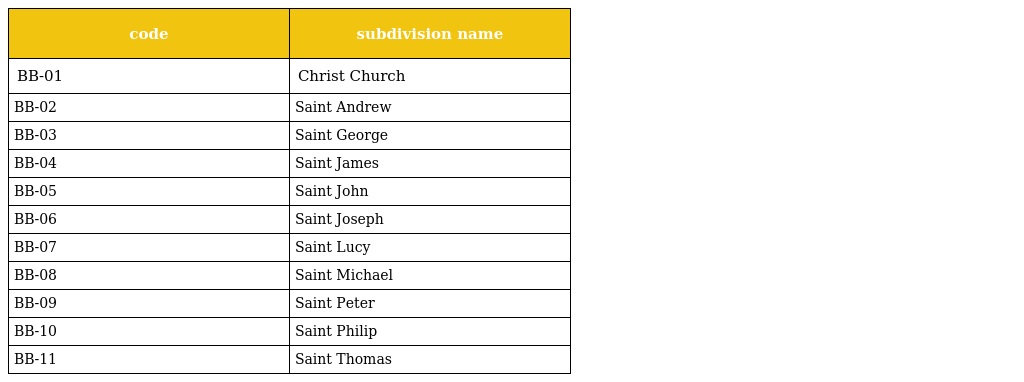
| code | subdivision name |
 | --- | --- |
 | BB-01 | Christ Church |
 | BB-02 | Saint Andrew |
 | BB-03 | Saint George |
 | BB-04 | Saint James |
 | BB-05 | Saint John |
 | BB-06 | Saint Joseph |
 | BB-07 | Saint Lucy |
 | BB-08 | Saint Michael |
 | BB-09 | Saint Peter |
 | BB-10 | Saint Philip |
 | BB-11 | Saint Thomas |